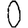
Digit: 0